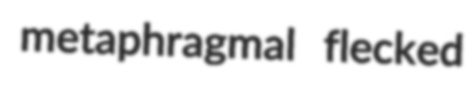
metaphragmal flecked